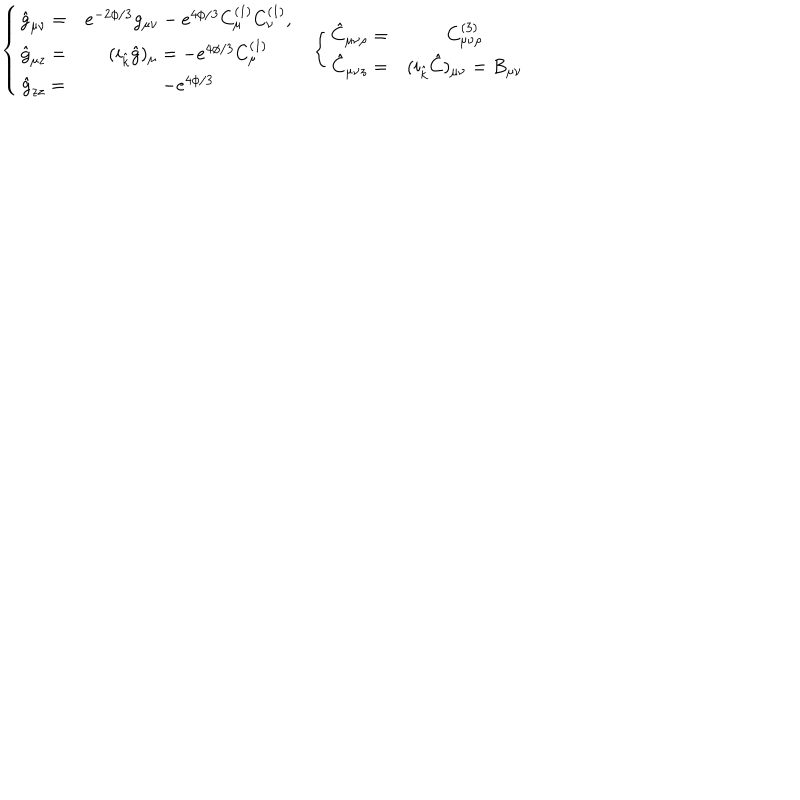
LaTeX: \left. \begin{array} { c c } { { \left\{ \begin{array} { c c } { { \hat { g } _ { \mu \nu } = } } & { { e ^ { - 2 \phi / 3 } g _ { \mu \nu } - e ^ { 4 \phi / 3 } C _ { \mu } ^ { ( 1 ) } C _ { \nu } ^ { ( 1 ) } , } } \\ { { \hat { g } _ { \mu z } = } } & { { ( i _ { \hat { k } } \hat { g } ) _ { \mu } = - e ^ { 4 \phi / 3 } C _ { \mu } ^ { ( 1 ) } } } \\ { { \hat { g } _ { z z } = } } & { { - e ^ { 4 \phi / 3 } } } \\ \end{array} \right. } } & { { \left\{ \begin{array} { c c } { { \hat { C } _ { \mu \nu \rho } = } } & { { C _ { \mu \nu \rho } ^ { ( 3 ) } } } \\ { { \hat { C } _ { \mu \nu z } = } } & { { ( i _ { \hat { k } } \hat { C } ) _ { \mu \nu } = B _ { \mu \nu } } } \\ \end{array} \right. } } \\ \end{array} \right.